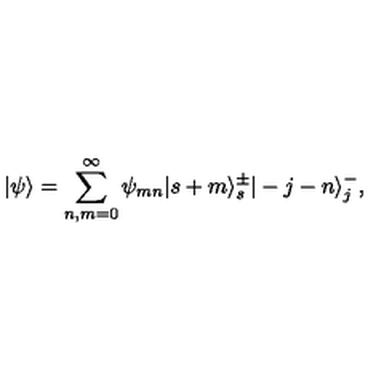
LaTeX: | \psi \rangle = \sum _ { n , m = 0 } ^ { \infty } \psi _ { m n } | s + m \rangle _ { s } ^ { \pm } | - j - n \rangle _ { j } ^ { - } , \nonumber